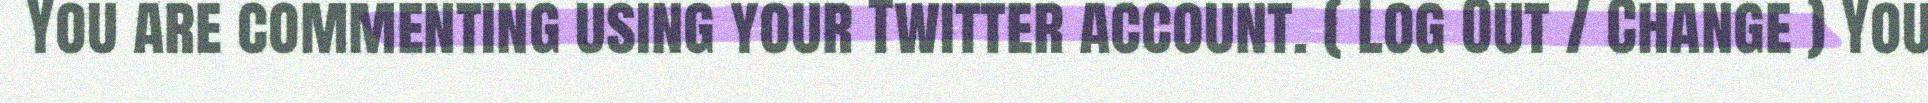
You are commenting using your Twitter account. ( Log Out / Change ) You